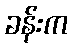
ခန်းက